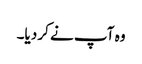
وہ آپ نے کر دیا۔